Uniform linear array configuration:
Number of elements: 64
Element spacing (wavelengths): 1
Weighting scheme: hann
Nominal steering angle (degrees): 45
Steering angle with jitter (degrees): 43.137
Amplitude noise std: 0.05
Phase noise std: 0.05

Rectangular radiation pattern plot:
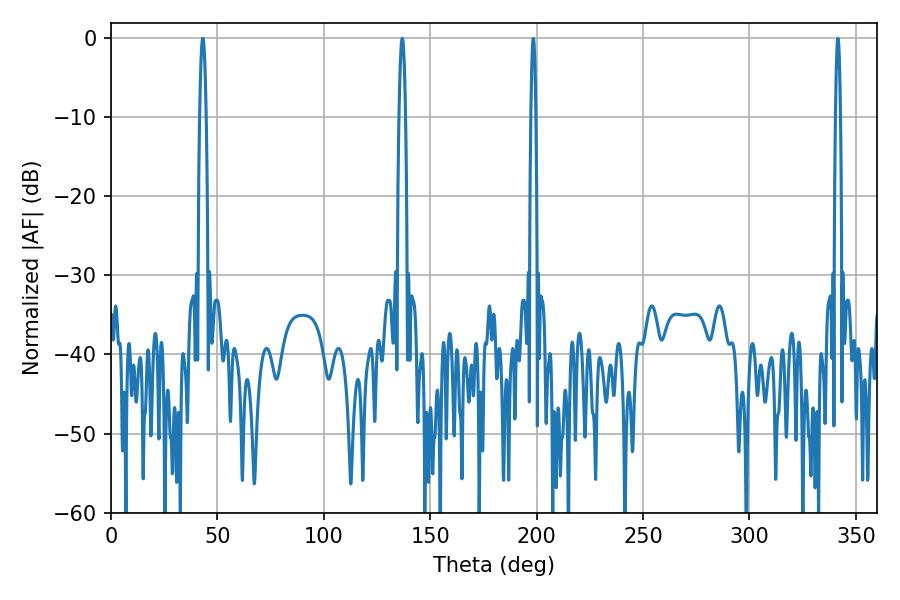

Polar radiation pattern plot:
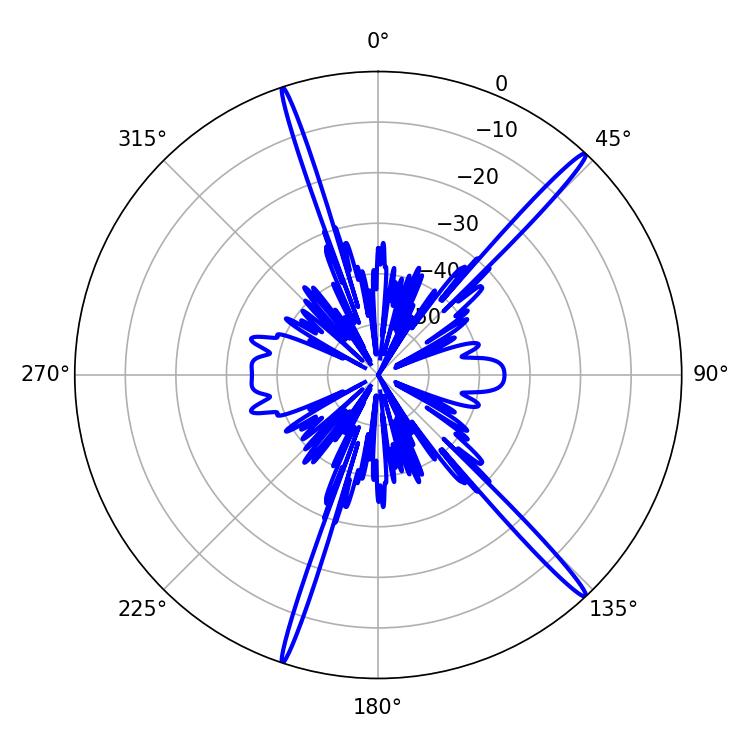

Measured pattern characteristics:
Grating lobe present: TRUE
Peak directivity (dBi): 18.418
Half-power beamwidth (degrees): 1.62
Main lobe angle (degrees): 136.8